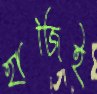
হাজিই